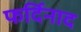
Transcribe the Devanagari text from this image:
फर्दिनाद